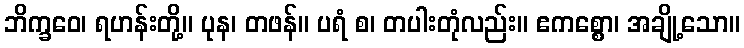
ဘိက္ခဝေ၊ ရဟန်းတို့။ ပုန၊ တဖန်။ ပရံ စ၊ တပါးတုံလည်း။ ဧကစ္စော၊ အချို့သော။